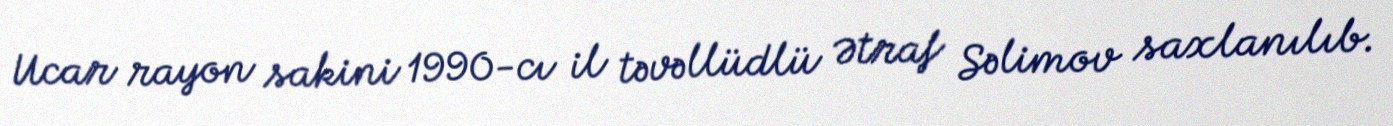
Ucar rayon sakini 1990-cı il təvəllüdlü Ətraf Səlimov saxlanılıb.